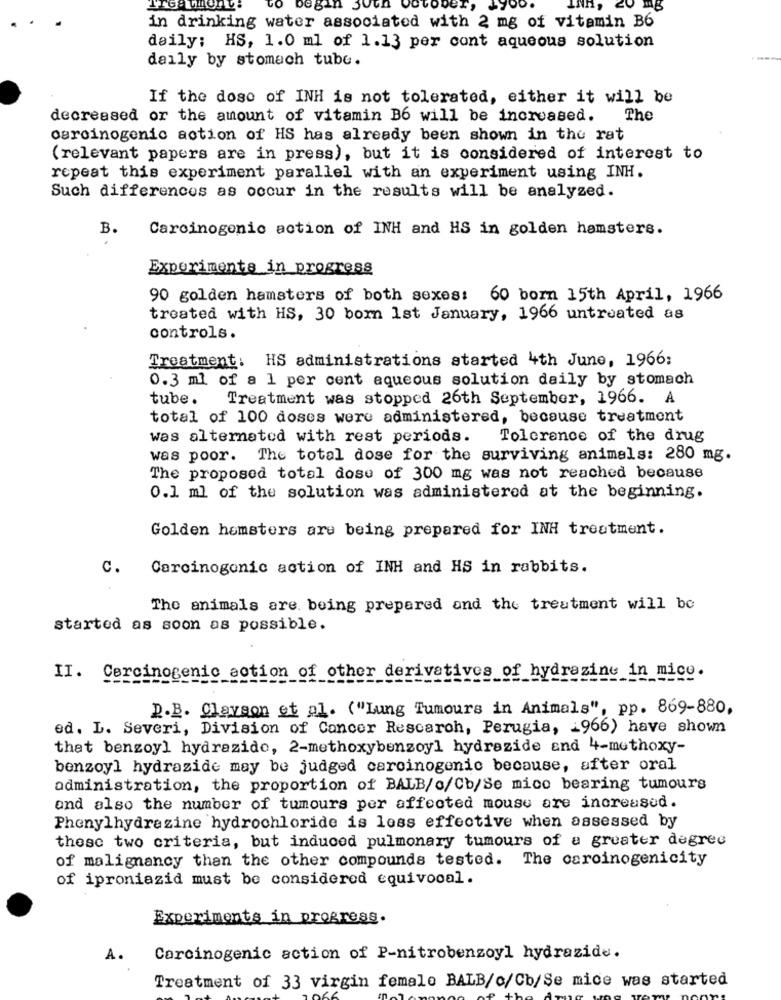
TAST
in drinking water associated with 2 mg of vitamin B6
daily; HS, 1.0 ml of 1.13 per cont aqueous solution
daily by stomach tube.
If the dose of INH is not tolerated, either it will be
decreased or the amount of vitamin B6 will be increased.
The
carcinogenic action of HS has already been shown in the rat
(relevant papers are in press), but it is considered of interest to
repeat this experiment parallel with an experiment using INH.
Such differences as occur in the results will be analyzed.
B.
Carcinogenic action of INH and HS in golden hamsters.
Experiments in progress
90 golden hamsters of both sexes: 60 born 15th April, 1966
treated with HS, 30 born 1st January, 1966 untreated as
controls.
Treatment: HS administrations started 4th June, 1966;
0.3 ml of a 1 per cent aqueous solution daily by stomach
tube.
Treatment was stopped 26th September, 1966. A
total of 100 doses were administered, because treatment
was alternated with rest periods.
Tolerance of the drug
was poor. The total dose for the surviving animals: 280 mg.
The proposed total dose of 300 mg was not reached because
0.1 ml of the solution was administered at the beginning.
Golden hamsters are being prepared for INH treatment.
c.
Carcinogenic action of INH and HS in rabbits.
The animals are. being prepared and the treatment will be
started as soon as possible.
II. Carcinogenic action of other derivatives of hydrazine in mice.
D.B. Clayson et al. ("Lung Tumours in Animals", pp. 869-880,
ed. L. Severi, Division of Cancer Rescarch, Perugia, 1966) have shown
that benzoyl hydrazide, 2-methoxybenzoyl hydrazide and 4-methoxy-
benzoyl hydrazide may be judged carcinogenic because, after oral
administration, the proportion of BALB/o/Cb/Se mico bearing tumours
and also the number of tumours per affected mouse are increased.
Phenylhydrazine hydrochloride is less effective when assessed by
these two criteria, but induced pulmonary tumours of a greater degree
of malignancy than the other compounds tested. The carcinogenicity
of iproniazid must be considered equivocal.
Experiments in progress.
A.
Carcinogenic action of P-nitrobenzoyl hydrazide.
Treatment of 33 virgin female BALB/c/Cb/Se mice was started